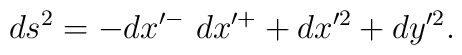
ds^2 = -dx'^{-}~dx'^{+} + dx'^2 + dy'^2.